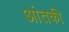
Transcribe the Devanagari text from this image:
आंतकी